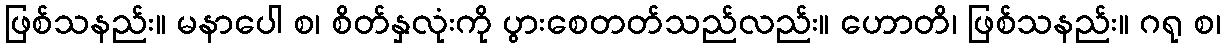
ဖြစ်သနည်း။ မနာပေါ စ၊ စိတ်နှလုံးကို ပွားစေတတ်သည်လည်း။ ဟောတိ၊ ဖြစ်သနည်း။ ဂရု စ၊